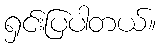
ရှင်းပြပါတယ်။